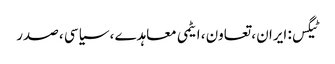
ٹیگس: ایران ، تعاون ، ایٹمی معاہدے ، سیاسی ، صدر